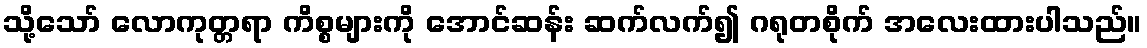
သို့သော် လောကုတ္တရာ ကိစ္စများကို အောင်ဆန်း ဆက်လက်၍ ဂရုတစိုက် အလေးထားပါသည်။